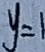
y = 1